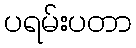
ပရမ်းပတာ